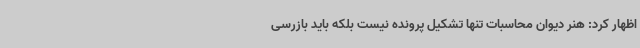
اظهار کرد: هنر دیوان محاسبات تنها تشکیل پرونده نیست بلکه باید بازرسی